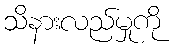
သိနားလည်မှုကို